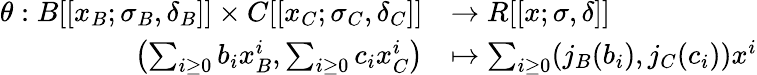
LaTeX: \begin{array}{rl}{\theta:B[[x_{B};\sigma_{B},\delta_{B}]]\times C[[x_{C};\sigma_{C},\delta_{C}]]}&{\to R[[x;\sigma,\delta]]}\\ {\left(\sum_{i\geq 0}b_{i}x_{B}^{i},\sum_{i\geq 0}c_{i}x_{C}^{i}\right)}&{\mapsto\sum_{i\geq 0}(j_{B}(b_{i}),j_{C}(c_{i}))x^{i}}\end{array}